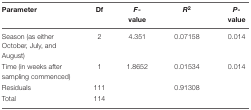
<table><thead><tr><td><b>Parameter</b></td><td><b>Df</b></td><td><b><i>F</i>-value</b></td><td><b><i>R</i><sup>2</sup></b></td><td><b><i>P</i>-value</b></td></tr></thead><tbody><tr><td>Season (as either October, July, and August)</td><td>2</td><td>4.351</td><td>0.07158</td><td>0.014</td></tr><tr><td>Time (in weeks after sampling commenced)</td><td>1</td><td>1.8652</td><td>0.01534</td><td>0.014</td></tr><tr><td>Residuals</td><td>111</td><td></td><td>0.91308</td><td></td></tr><tr><td>Total</td><td>114</td><td></td><td></td><td></td></tr></tbody></table>